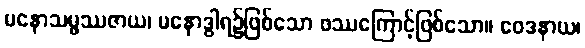
မနောသမ္ဖဿဇာယ၊ မနောဒွါရ၌ဖြစ်သော ဖဿကြောင့်ဖြစ်သော။ ဝေဒနာယ၊